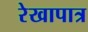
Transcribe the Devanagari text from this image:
रेखापात्र